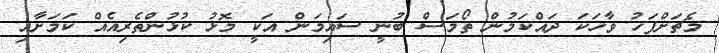
މެޗަށްފަހު ވާހަކަ ދައްކަމުން ތޯމަސް ބުނީ ސައިމަން އަކީ މޮޅު ކުޅުންތެރިއެއް ކަމަށާއި